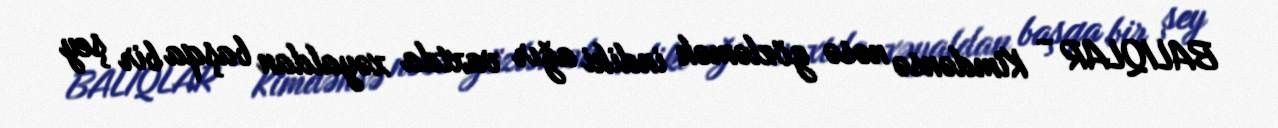
BALIQLAR - Kimdənsə nəsə gözləmək indiki ağır vaxtda xəyaldan başqa bir şey